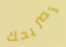
تصريحك